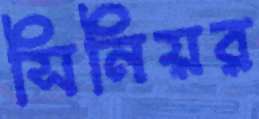
সিনিয়র